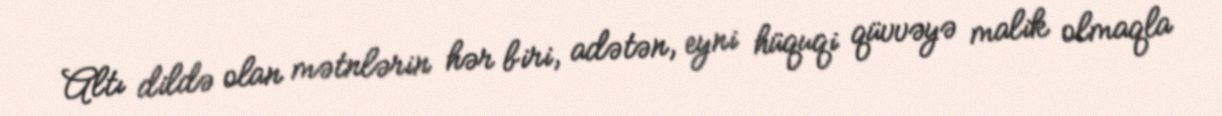
Altı dildə olan mətnlərin hər biri, adətən, eyni hüquqi qüvvəyə malik olmaqla